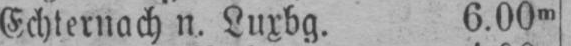
Echternach n. Luxbg. 6.00m